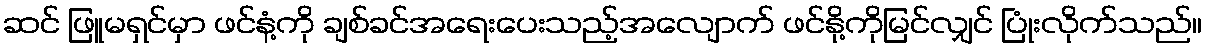
ဆင် ဖြူမရှင်မှာ ဖင်နံ့ကို ချစ်ခင်အရေးပေးသည့်အလျောက် ဖင်နို့ကိုမြင်လျှင် ပြုံးလိုက်သည်။